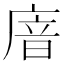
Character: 𢉩